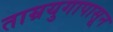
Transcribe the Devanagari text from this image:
ताम्रयुगापासून